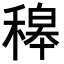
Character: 𥡅